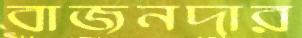
বাজনদার